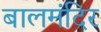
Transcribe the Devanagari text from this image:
बालमंदिर